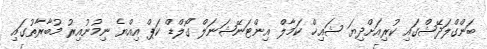
ބަންގްލަދޭޝްގައި ކުރިއަށްދިޔަ ޝައިޚް ކަމާލް އިންޓަނޭޝަނަލް ގޯލްޑް ކަޕް އިއްޔެ ނިމުނުއިރު މުބާރާތުގައި